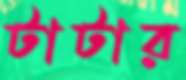
টাটার